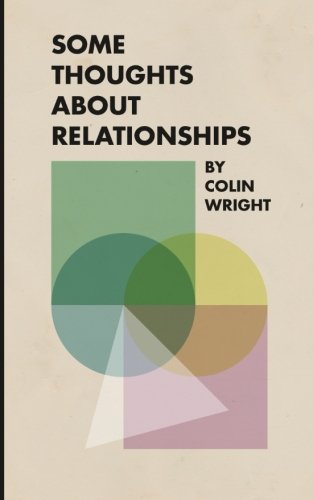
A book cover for Some Thoughts About Relationships; Colin Wright; Self-Help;